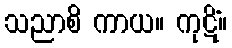
သညာစိ ကာယ။ ကုဋိံ။